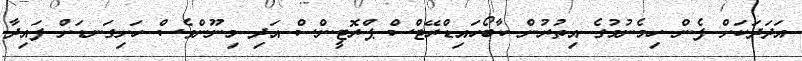
އަދަދަކަށް ފެން ހިމެނުމުގެ އިތުރުން ކާބޯހައިޑްރޭޓްސް ޕްރޮޓީންސް އަދި މިނޫންވެސް ހަށިގަނޑަށް ފައިދާ